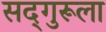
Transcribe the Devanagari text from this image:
सद्‌गुरूला